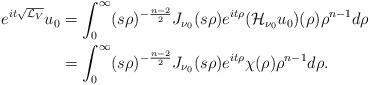
LaTeX: \begin{align*} e^{it\sqrt{\mathcal{L}_V}}u_0&=\int_0^\infty(s\rho)^{-\frac{n-2}2}J_{\nu_0}(s\rho)e^{it\rho}(\mathcal{H}_{\nu_0}u_0)(\rho)\rho^{n-1} d\rho\\&=\int_0^\infty(s\rho)^{-\frac{n-2}2}J_{\nu_0}(s\rho)e^{it\rho}\chi(\rho)\rho^{n-1}d\rho.\end{align*}